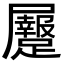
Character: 𪨡